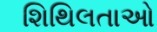
શિથિલતાઓ